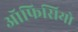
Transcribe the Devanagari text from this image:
ऑफिसियो